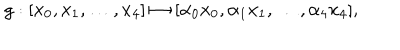
LaTeX: g : [ x _ { 0 } , x _ { 1 } , \ldots , x _ { 4 } ] \mapsto [ \alpha _ { 0 } x _ { 0 } , \alpha _ { 1 } x _ { 1 } , \ldots , \alpha _ { 4 } x _ { 4 } ] ,